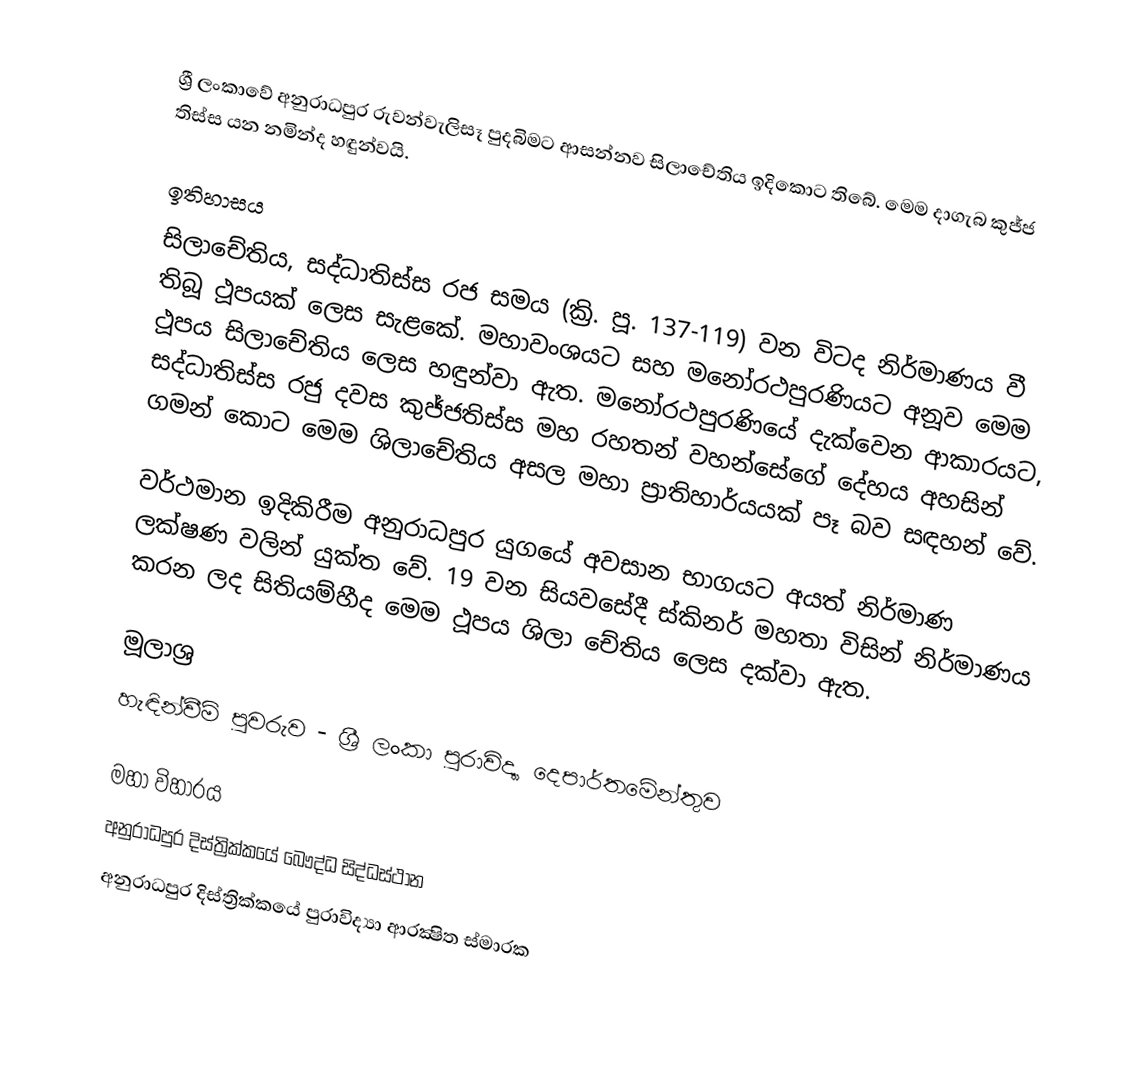
ශ්‍රී ලංකාවේ අනුරාධපුර රුවන්වැලිසෑ පුදබිමට ආසන්නව සිලාචේතිය ඉදිකොට තිබේ. මෙම දාගැබ කුජ්ජ තිස්ස යන නමින්ද හඳුන්වයි.

ඉතිහාසය
සිලාචේතිය, සද්ධාතිස්ස රජ සමය (ක්‍රි. පූ. 137-119) වන විටද නිර්මාණය වී තිබූ ථූපයක් ලෙස සැළකේ. මහාවංශයට සහ මනෝරථපුරණියට අනූව මෙම ථූපය සිලාචේතිය ලෙස හඳුන්වා ඇත. මනෝරථපුරණියේ දැක්වෙන ආකාරයට, සද්ධාතිස්ස රජු දවස කුජ්ජතිස්ස මහ රහතන් වහන්සේගේ දේහය අහසින් ගමන් කොට මෙම ශිලාචේතිය අසල මහා ප්‍රාතිහාර්යයක් පෑ බව සඳහන් වේ.

වර්ථමාන ඉදිකිරීම අනුරාධපුර යුගයේ අවසාන භාගයට අයත් නිර්මාණ ලක්ෂණ වලින් යුක්ත වේ. 19 වන සියවසේදී ස්කිනර් මහතා විසින් නිර්මාණය කරන ලද සිතියම්හීද මෙම ථූපය ශිලා චේතිය ලෙස දක්වා ඇත.

මූලාශ්‍ර
හැඳින්වීම් පුවරුව - ශ්‍රී ලංකා පුරාවිද්‍යා දෙපාර්තමේන්තුව

මහා විහාරය
අනුරාධපුර දිස්ත්‍රික්කයේ බෞද්ධ සිද්ධස්ථාන‎
අනුරාධපුර දිස්ත්‍රික්කයේ පුරාවිද්‍යා ආරක්‍ෂිත ස්මාරක‎